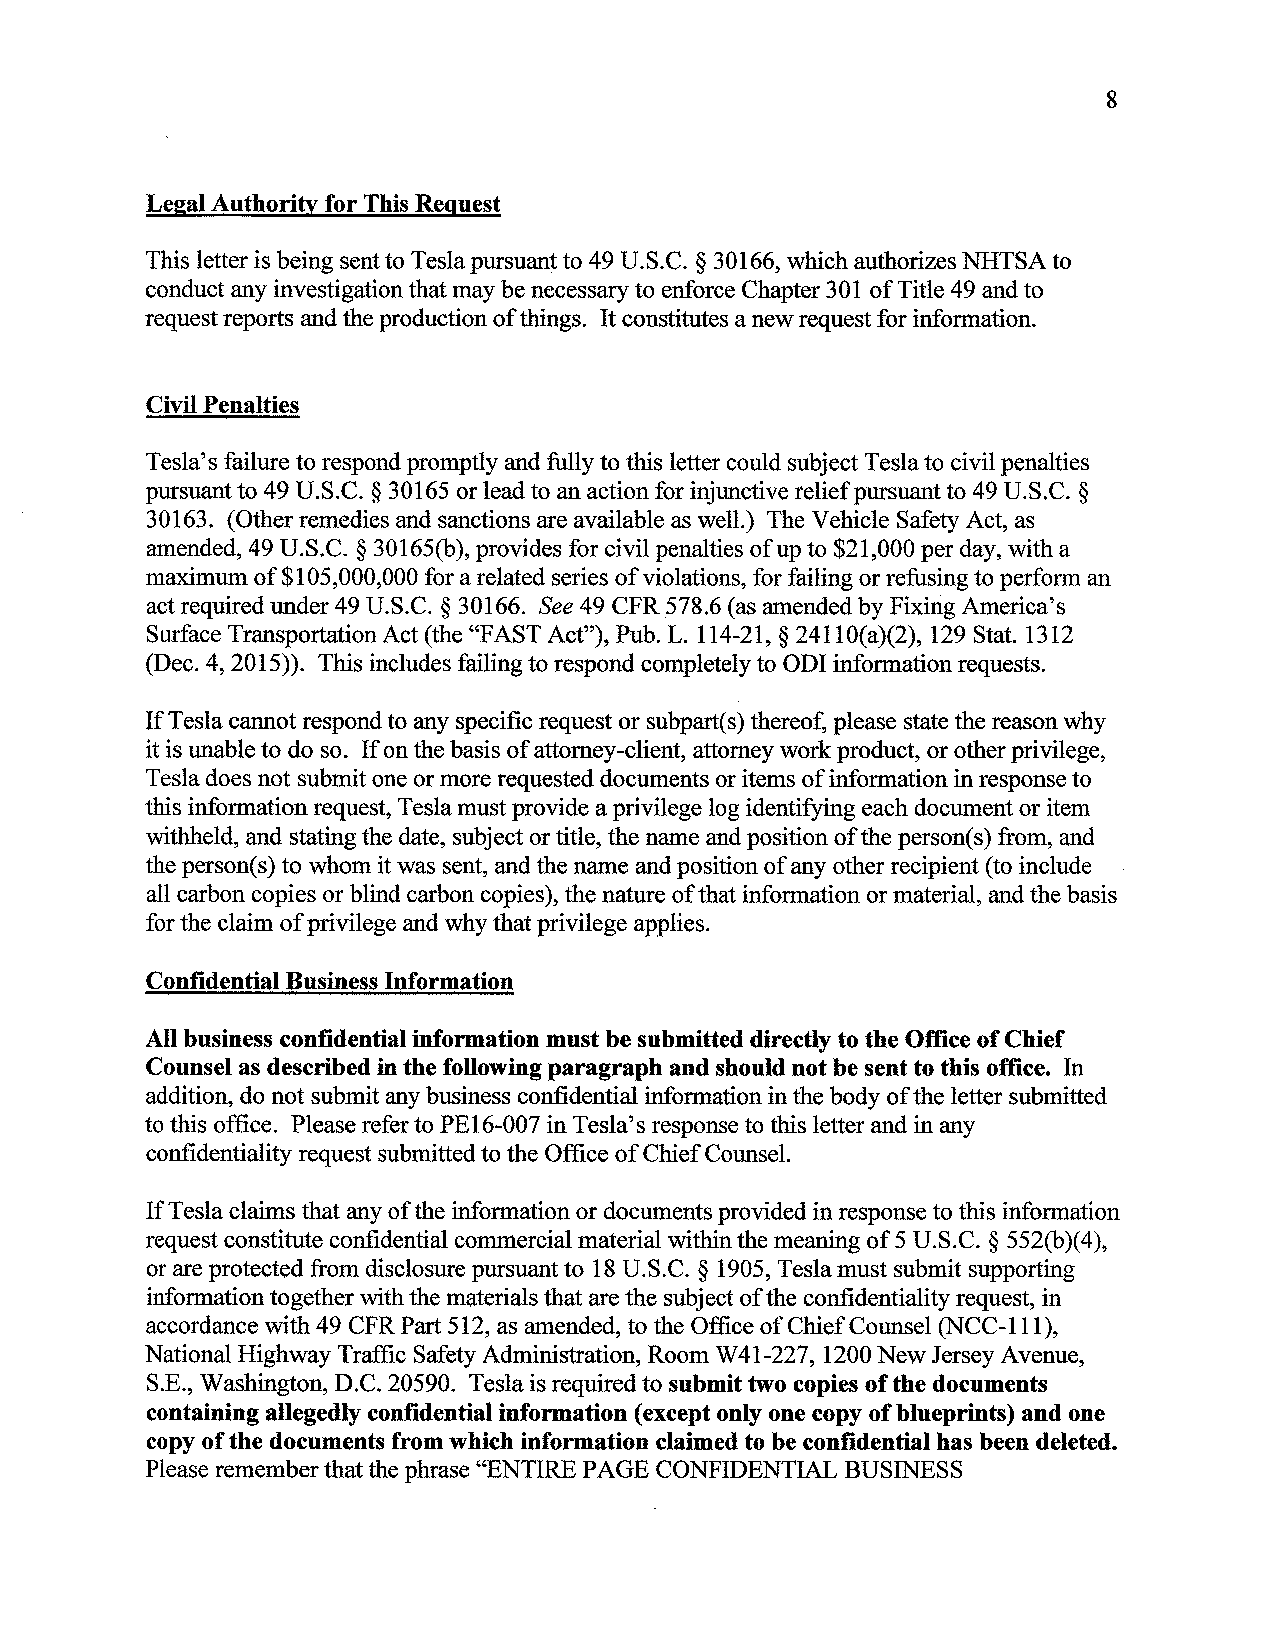
8
 Legal Authority for This Request
 This letter is being sent to Tesla pursuant to 49 U.S.C. § 30166, which authorizes NHTSA to
 conduct any investigation that may be necessary to enforce Chapter 301 of Title 49 and to
 request reports and the production of things. It constitutes a new request for information.
 Civil Penalties
 Tesla's failure to respond promptly and fully to this letter could subject Tesla to civil penalties
 pursuant to 49 U.S.C. § 30165 or lead to an action for injunctive relief pursuant to 49 U.S.C. §
 30163. (Other remedies and sanctions are available as well.) The Vehicle Safety Act, as
 amended, 49 U.S.C. § 30165(b), provides for civil penalties of up to $21,000 per day, with a
 maximum of $105,000,000 for a related series of violations, for failing or refusing to perform an
 act required under 49 U.S.C. § 30166. See 49 CFR 578.6 (as amended by Fixing America's
 Surface Transportation Act (the "FAST Act"), Pub. L. 114-21, § 241 IO(a)(2), 129 Stat. 1312
 (Dec. 4, 2015)). This includes failing to respond completely to ODI information requests.
 If Tesla cannot respond to any specific request or subpart(s) thereof, please state the reason why
 it is unable to do so. If on the basis of attorney-client, attorney work product, or other privilege,
 Tesla does not submit one or more requested documents or items of information in response to
 this information request, Tesla must provide a privilege log identifying each document or item
 withheld, and stating the date, subject or title, the name and position of the person(s) from, and
 the person(s) to whom it was sent, and the name and position of any other recipient (to include
 all carbon copies or blind carbon copies), the nature of that information or material, and the basis
 for the claim of privilege and why that privilege applies.
 Confidential Business Information
 All business confidential information must be submitted directly to the Office of Chief
 Counsel as described in the following paragraph and should not be sent to this office. In
 addition, do not submit any business confidential information in the body of the letter submitted
 to this office. Please refer to PE16-007 in Tesla's response to this letter and in any
 confidentiality request submitted to the Office of Chief Counsel.
 If Tesla claims that any of the information or documents provided in response to this information
 request constitute confidential commercial material within the meaning of 5 U.S.C. § 552(b)(4),
 or are protected from disclosure pursuant to 18 U.S.C. § 1905, Tesla must submit supporting
 information together with the materials that are the subject of the confidentiality request, in
 accordance with 49 CFR Part 512, as amended, to the Office of Chief Counsel (NCC-111 ),
 National Highway Traffic Safety Administration, Room W41-227, 1200 New Jersey Avenue,
 S.E., Washington, D.C. 20590. Tesla is required to submit two copies of the documents
 containing allegedly confidential information (except only one copy of blueprints) and one
 copy of the documents from which information claimed to be confidential has been deleted.
 Please remember that the phrase "ENTIRE PAGE CONFIDENTIAL BUSINESS